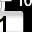
Digit: 1